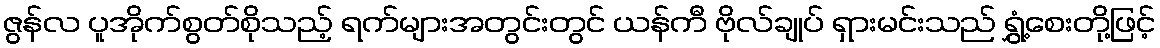
ဇွန်လ ပူအိုက်စွတ်စိုသည့် ရက်များအတွင်းတွင် ယန်ကီ ဗိုလ်ချုပ် ရှားမင်းသည် ရွှံ့စေးတို့ဖြင့်